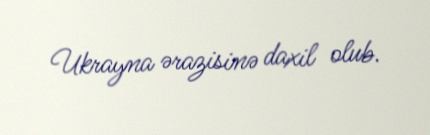
Ukrayna ərazisinə daxil olub.